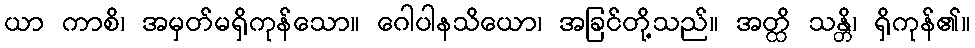
ယာ ကာစိ၊ အမှတ်မရှိကုန်သော။ ဂေါပါနသိယော၊ အခြင်တို့သည်။ အတ္ထိ သန္တိ၊ ရှိကုန်၏။